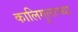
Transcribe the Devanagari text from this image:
कालिगुलाच्या